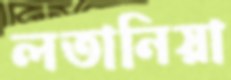
লতানিয়া